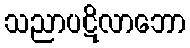
သညာပဋိလာဘော